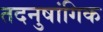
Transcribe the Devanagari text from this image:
तदनुषांगिक